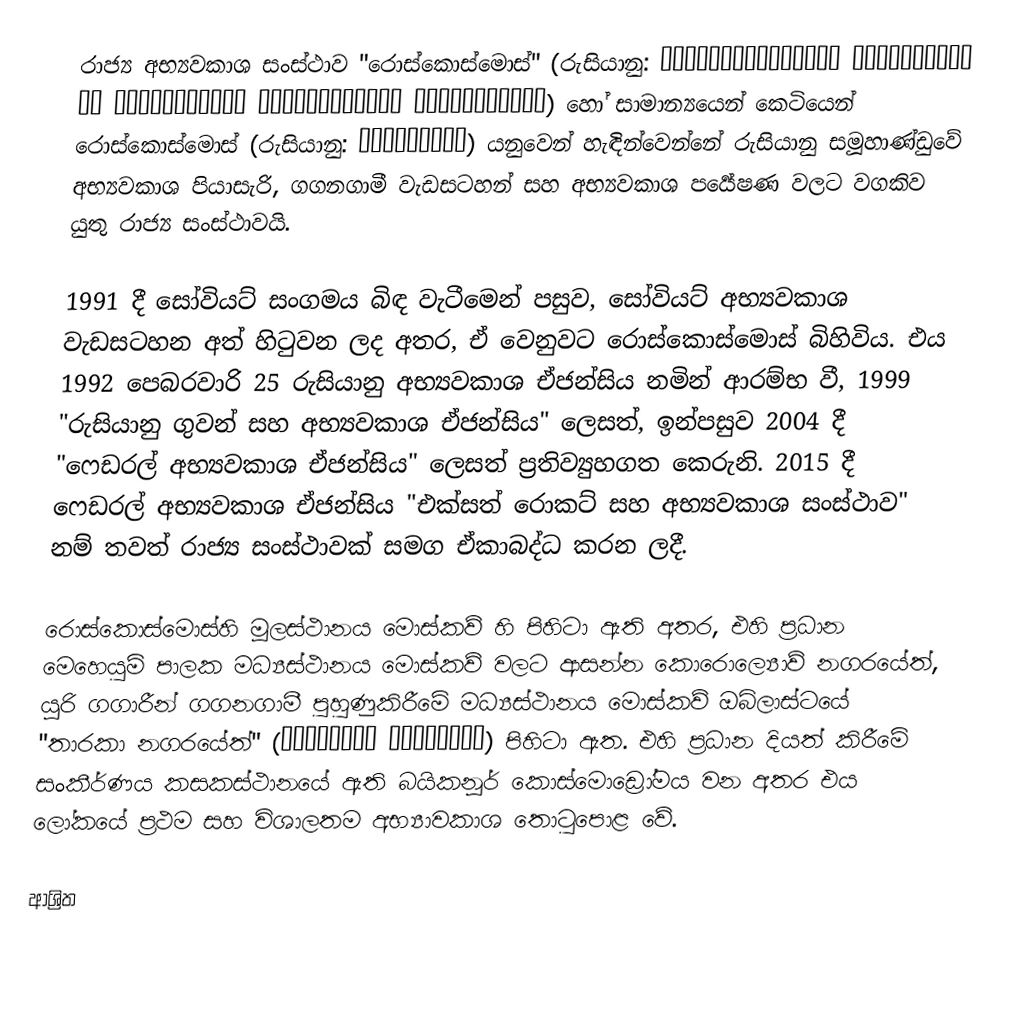
රාජ්‍ය අභ්‍යවකාශ සංස්ථාව "රොස්කොස්මොස්" (රුසියානු: Государственная корпорация по космической деятельности «Роскосмос») හෝ සාමාන්‍යයෙන් කෙටියෙන් රොස්කොස්මොස් (රුසියානු: Роскосмос) යනුවෙන් හැඳින්වෙන්නේ රුසියානු සමූහාණ්ඩුවේ අභ්‍යවකාශ පියාසැරි, ගගනගාමී වැඩසටහන් සහ අභ්‍යවකාශ පර්‍යේෂණ වලට වගකිව යුතු රාජ්‍ය සංස්ථාවයි.

1991 දී සෝවියට් සංගමය බිඳ වැටීමෙන් පසුව, සෝවියට් අභ්‍යවකාශ වැඩසටහන අත් හිටුවන ලද අතර, ඒ වෙනුවට රොස්කොස්මොස් බිහිවිය. එය 1992 පෙබරවාරි 25 රුසියානු අභ්‍යවකාශ ඒජන්සිය නමින් ආරම්භ වී, 1999 "රුසියානු ගුවන් සහ අභ්‍යවකාශ ඒජන්සිය" ලෙසත්, ඉන්පසුව 2004 දී "ෆෙඩරල් අභ්‍යවකාශ ඒජන්සිය" ලෙසත් ප්‍රතිව්‍යුහගත කෙරුනි. 2015 දී ෆෙඩරල් අභ්‍යවකාශ ඒජන්සිය "එක්සත් රොකට් සහ අභ්‍යවකාශ සංස්ථාව" නම් තවත් රාජ්‍ය සංස්ථාවක් සමග ඒකාබද්ධ කරන ලදී.

රොස්කොස්මොස්හි මූලස්ථානය මොස්කව් හි පිහිටා ඇති අතර, එහි ප්‍රධාන මෙහෙයුම් පාලක මධ්‍යස්ථානය මොස්කව් වලට ආසන්න කොරොල්‍යොව් නගරයේත්, යූරි ගගාරීන් ගගනගාමී පුහුණුකිරීමේ මධ්‍යස්ථානය මොස්කව් ඔබ්ලාස්ටයේ "තාරකා නගරයේත්" (Звёздный городо́к) පිහිටා ඇත. එහි ප්‍රධාන දියත් කිරීමේ සංකීර්ණය කසකස්ථානයේ ඇති බයිකනූර් කොස්මොඩ්‍රෝමය වන අතර එය ලෝකයේ ප්‍රථම සහ විශාලතම අභ්‍යාවකාශ තොටුපොළ වේ.

ආශ්‍රිත